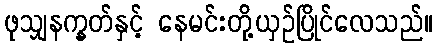
ဖုသျှနက္ခတ်နှင့် နေမင်းတို့ယှဉ်ပြိုင်လေသည်။